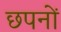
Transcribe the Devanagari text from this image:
छपनों